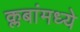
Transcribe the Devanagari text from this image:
क्लबांमध्ये